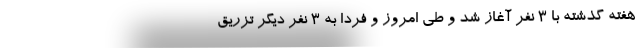
هفته گذشته با 3 نفر آغاز شد و طی امروز و فردا به 3 نفر دیگر تزریق